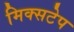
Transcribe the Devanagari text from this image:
मिक्सटेप